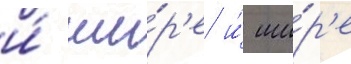
и́ ши́р'е и́ ши́р'е